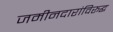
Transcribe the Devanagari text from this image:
जमीनदारांविरूद्घ